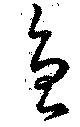
急